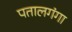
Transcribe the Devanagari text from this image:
पतालगंगा